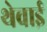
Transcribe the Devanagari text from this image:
थेवाई